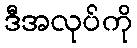
ဒီအလုပ်ကို